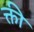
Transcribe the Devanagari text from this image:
क्ती